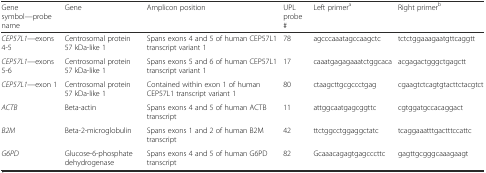
| Gene symbol—probe name | Gene | Amplicon position | UPL probe # | Left primera | Right primerb |
 | --- | --- | --- | --- | --- | --- |
 | CEP57L1—exons 4-5 | Centrosomal protein 57 kDa-like 1 | Spans exons 4 and 5 of human CEP57L1 transcript variant 1 | 78 | agcccaaatagccaagctc | tctctggaaagaatgttcaggtt |
 | CEP57L1—exons 5-6 | Centrosomal protein 57 kDa-like 1 | Spans exons 5 and 6 of human CEP57L1 transcript variant 1 | 17 | caaatgagagaaatctggcaca | acgagactgggctgagctt |
 | CEP57L1—exon 1 | Centrosomal protein 57 kDa-like 1 | Contained within exon 1 of human CEP57L1 transcript variant 1 | 80 | ctaagcttgcgccctgag | cgaagtctcagtgtacttctacgtct |
 | ACTB | Beta-actin | Spans exons 4 and 5 of human ACTB transcript | 11 | attggcaatgagcggttc | cgtggatgccacaggact |
 | B2M | Beta-2-microglobulin | Spans exons 1 and 2 of human B2M transcript | 42 | ttctggcctggaggctatc | tcaggaaatttgactttccattc |
 | G6PD | Glucose-6-phosphate dehydrogenase | Spans exons 4 and 5 of human G6PD transcript | 82 | Gcaaacagagtgagcccttc | gagttgcgggcaaagaagt |